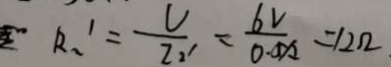
R _ { 2 } ^ { 1 } = \frac { V } { Z _ { 2 } ^ { 1 } } = \frac { 6 v } { 0 . 0 A 2 } = 1 2 \Omega